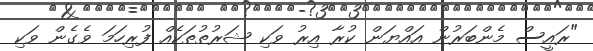
"ރައީސް މެންބަރުން އައްޔަން ކުރާ އިރު ވަކި ޝަރުތުތަކެއް ފުރިހަމަ ވެގެން ވަކި